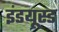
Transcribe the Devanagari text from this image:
इंडयूस्ड